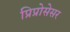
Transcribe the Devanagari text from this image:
प्रिप्रोसेसर